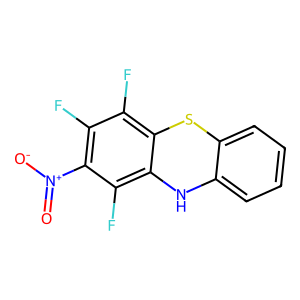
SMILES: O=[N+]([O-])c1c(F)c(F)c2c(c1F)Nc1ccccc1S2
Inhibits HIV replication: No